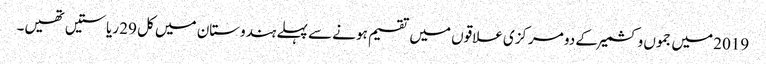
2019 میں جموں وکشمیر کے دو مرکزی علاقوں میں تقسیم ہونے سے پہلے ہندوستان میں کل 29 ریاستیں تھیں۔